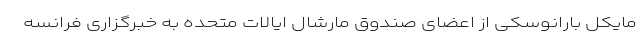
مایکل بارانوسکی از اعضای صندوق مارشال ایالات متحده به خبرگزاری فرانسه